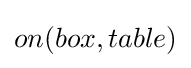
on(box,table)